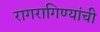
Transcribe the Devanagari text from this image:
रागरागिण्यांची